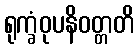
ရုက္ခံဝုပနိဝတ္တတိ